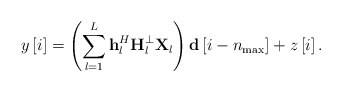
\begin{align*} y\left[ i \right] = \left( {\sum\limits_{l = 1}^L {{\bf{h}}_l^H{\bf{H}}_l^ \bot {\bf{X}}_l} } \right){\bf{d}}\left[ {i - {n_{\max }}} \right] + z\left[ i \right]. \end{align*}